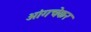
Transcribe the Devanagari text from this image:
आंगचेकर